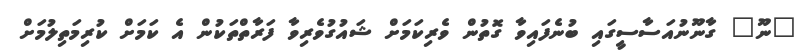
"ނޫ" ގާނޫނުއަސާސީގައި ބުނެފައިވާ ގޮތުން ވެރިކަމަށް ޝައުގުވެރިވާ ފަރާތްތަކުން އެ ކަމަށް ކުރިމަތިލުމަށް